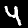
Label: 4